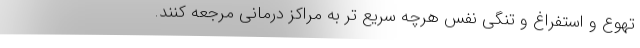
تهوع و استفراغ و تنگی نفس هرچه سریع تر به مراکز درمانی مرجعه کنند.